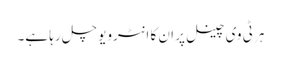
ہر ٹی وی چینل پر ان کا انٹرویو چل رہا ہے۔